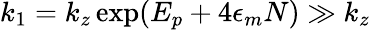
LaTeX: k_{1}=k_{z}\exp(E_{p}+4\epsilon_{m}N)\gg k_{z}